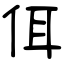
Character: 佴